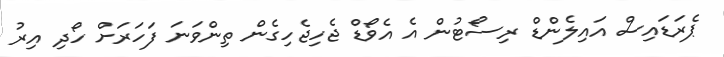
ޕެރަޑައިސް އައިލެންޑް ރިސޯޓުން އެ އެވޯޑް ޖެހިޖެހިގެން ތިންވަނަ ފަހަރަށް ހޯދި އިރު